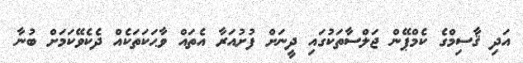
އަދި ޤާސިމްގެ ކެމްޕޭން ޖަލްސާތަކުގައި ދީނަށް ފުށުއަރާ އެތައް ވާޙަކަތަކެއް ދެކެވޭކަމަށް ބުނާ